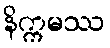
နိက္ကမဿ